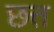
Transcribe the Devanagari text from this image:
छत्त